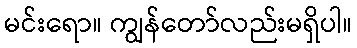
မင်းရော။ ကျွန်တော်လည်းမရှိပါ။